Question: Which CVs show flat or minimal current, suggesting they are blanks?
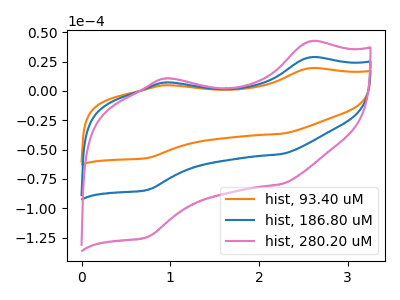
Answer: <think>The orange curve "hist, 93.40 uM" has anodic peaks at (2.55V, 19.40uA) (0.95V, 4.85uA) and cathodic peaks at (2.25V, -36.45uA) (0.75V, -57.20uA). The blue curve "hist, 186.80 uM" has anodic peaks at (2.55V, 28.60uA) (0.95V, 7.20uA) and cathodic peaks at (2.25V, -53.85uA) (0.75V, -84.50uA). The pink curve "hist, 280.20 uM" has anodic peaks at (2.55V, 57.25uA) (0.95V, 14.40uA) and cathodic peaks at (2.25V, -107.70uA) (0.75V, -168.95uA).</think>
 <answer>There are not any CV's on this graph that are likely to be blanks.</answer>
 <eval>none</eval>